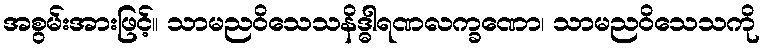
အစွမ်းအားဖြင့်။ သာမညဝိသေသနိဒ္ဓါရဏလက္ခဏော၊ သာမညဝိသေသကို